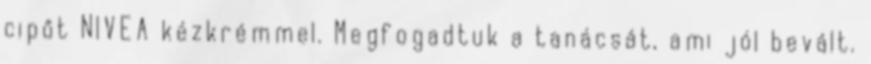
cipőt NIVEA kézkrémmel. Megfogadtuk a tanácsát, ami jól bevált.